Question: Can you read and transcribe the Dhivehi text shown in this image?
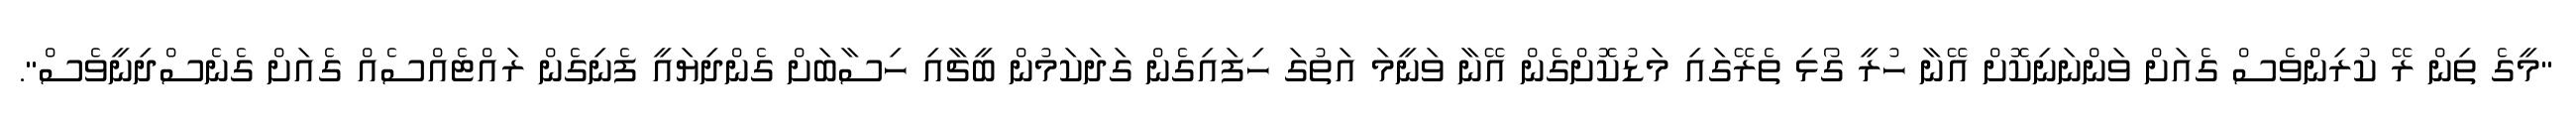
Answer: "މީގެ ތިން ރޭ ކުރިންވެސް ގެއަށް ވަންނަނިކޮށް އޭނާ ހުރީ ގޯޅި ތެރޭގައި މަޑުކޮށްގެން އޭނާ ވަނީމަ އަތުގަ ހިފައިގެން ގަދަކަމުން ބީޗާއި ހިސާބަށް ގެންދިޔައީ ފެނިގެން ރައްޓެއްސެއް ގެއަށް ގެނެސްދިނީވެސް".